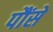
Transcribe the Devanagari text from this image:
पौंसे